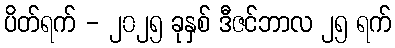
ပိတ်ရက် - ၂၀၂၅ ခုနှစ် ဒီဇင်ဘာလ ၂၅ ရက်